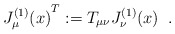
\begin{align*}{J^{(1)}_\mu(x)}^T := T_{\mu \nu} J^{(1)}_\nu(x) \; \; .\end{align*}